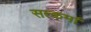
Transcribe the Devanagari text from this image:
सत्कर्मा